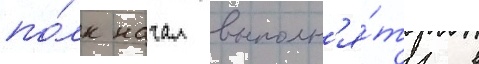
по́лк начал выполн'я́ть в